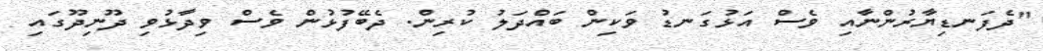
"ދެފަނޑިޔާރުންނާއި ވެސް އަޅުގަނޑު ވަކިން ބައްދަލު ކުރިން. ދެބޭފުޅުން ވެސް ވިދާޅުވި ދޫނިދޫގައި